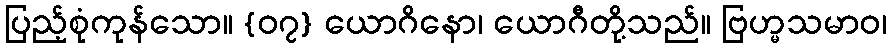
ပြည့်စုံကုန်သော။ {၀၇} ယောဂိနော၊ ယောဂီတို့သည်။ ဗြဟ္မသမာဝ၊